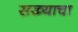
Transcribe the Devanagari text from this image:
सख्याचा